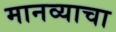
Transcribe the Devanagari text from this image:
मानव्याचा